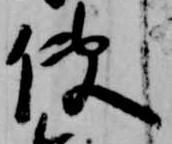
使